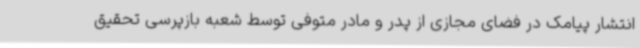
انتشار پیامک در فضای مجازی از پدر و مادر متوفی توسط شعبه بازپرسی تحقیق